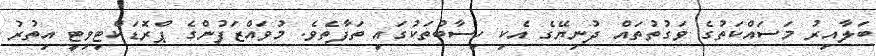
ބަލާއިރު މަސައްކަތުގެ ވަގުތުތައް ދުނިޔޭގެ އެކި ހިސާބުތަކުގައި ތަފާތެވެ. މުވައްޒަފުންގެ ޕްރޮޑަކްޓިވިޓީ އިތުރު